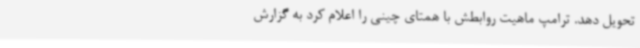
تحویل دهد. ترامپ ماهیت روابطش با همتای چینی‌ را اعلام کرد به گزارش